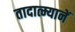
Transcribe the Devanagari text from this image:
तादात्म्यानें